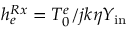
h _ { e } ^ { R x } = T _ { 0 } ^ { e } / j k \eta Y _ { \mathrm { i n } }